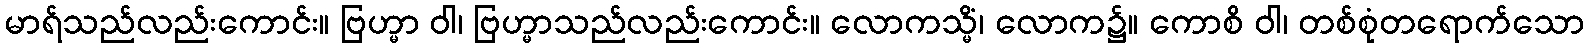
မာရ်သည်လည်းကောင်း။ ဗြဟ္မာ ဝါ၊ ဗြဟ္မာသည်လည်းကောင်း။ လောကသ္မိံ၊ လောက၌။ ကောစိ ဝါ၊ တစ်စုံတရောက်သော